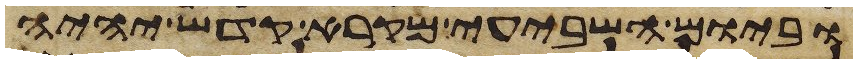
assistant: וביום השביעי מקרא קדש יהיה